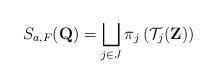
LaTeX: \begin{align*}S_{a,F}(\mathbf{Q})=\bigsqcup_{j \in J} \pi_{j}\left(\mathcal{T}_{j}(\mathbf{Z})\right)\end{align*}